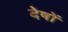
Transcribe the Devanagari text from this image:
देषों